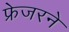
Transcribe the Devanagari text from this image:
फ्रेजरने